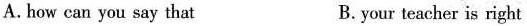
A.how can you say that B.your teacher is right